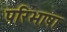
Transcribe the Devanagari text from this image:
परिभाषा